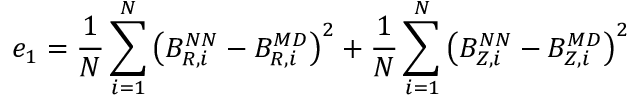
e _ { 1 } = \frac { 1 } { N } \sum _ { i = 1 } ^ { N } \left( B _ { R , i } ^ { N N } - B _ { R , i } ^ { M D } \right) ^ { 2 } + \frac { 1 } { N } \sum _ { i = 1 } ^ { N } \left( B _ { Z , i } ^ { N N } - B _ { Z , i } ^ { M D } \right) ^ { 2 }